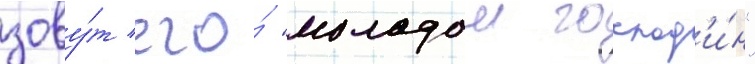
зову́т его́ "молодои господ'и́н"